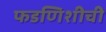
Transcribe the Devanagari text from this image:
फडणिशीची